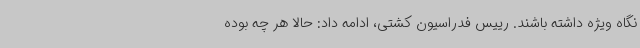
نگاه ویژه داشته باشند. رییس فدراسیون کشتی، ادامه داد: حالا هر چه بوده